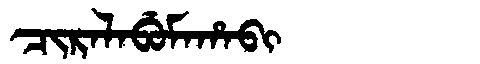
Manchu: ᠴᡳᡵᠠᠯᠠᠪᡠᠮᠠᡥᠠᠪᡳ
Romanization: CIRALABUMAHABI